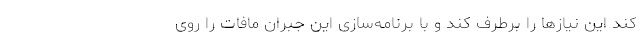
کند این نیازها را برطرف کند و با برنامه‌سازی این جبران مافات را روی